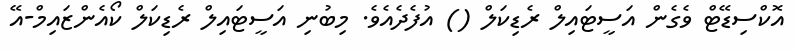
އޮކްސިޑޭޓް ވެގެން އަސީޓައިލް ރެޑިކަލް () އުފެދެއެވެ. މިބުނި އަސީޓައިލް ރެޑިކަލް ކޯއެންޒައިމް-އޭ